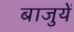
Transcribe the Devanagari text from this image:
बाजुयें